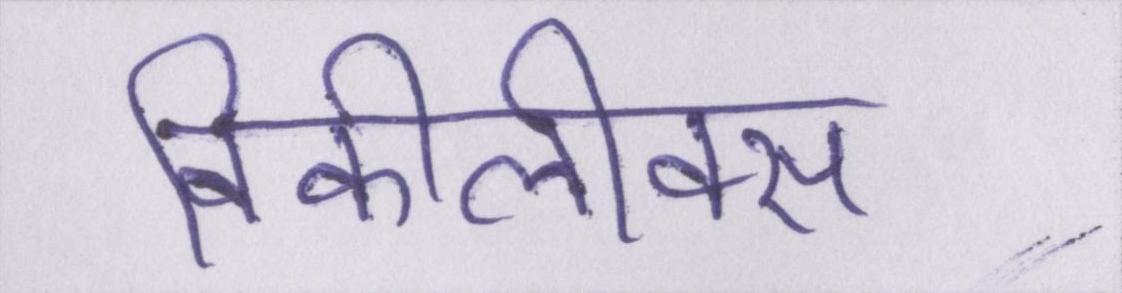
विकीलीक्स